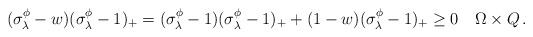
LaTeX: \begin{align*} (\sigma_\lambda^\phi-w)(\sigma_\lambda^\phi-1)_+= (\sigma_\lambda^\phi-1)(\sigma_\lambda^\phi-1)_+ + (1-w)(\sigma_\lambda^\phi-1)_+ \geq0 \quad \Omega\times Q\,.\end{align*}